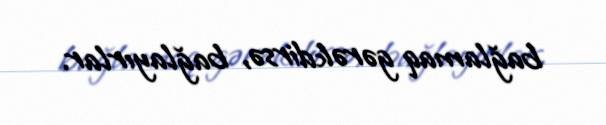
bağlamaq gərəkdirsə, bağlayırlar.